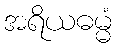
အရိယဓမ္မံ